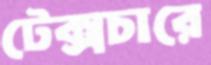
টেক্সচারে